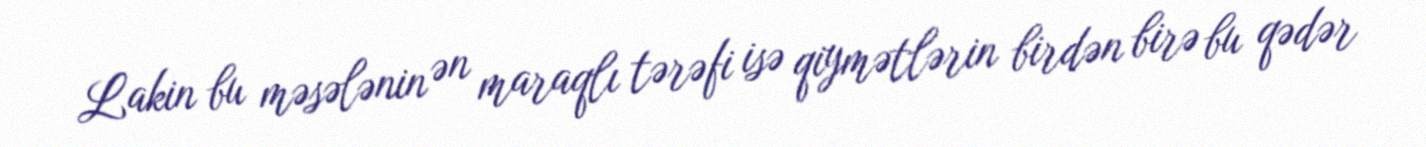
Lakin bu məsələnin ən maraqlı tərəfi isə qiymətlərin birdən birə bu qədər